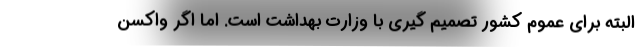
البته برای عموم کشور تصمیم گیری با وزارت بهداشت است. اما اگر واکسن